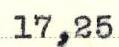
17,25